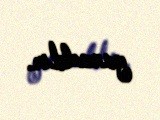
yaradılır.